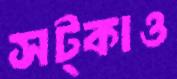
সট্‌কাও